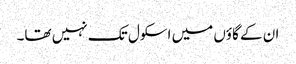
ان کے گاؤں میں اسکول تک نہیں تھا۔